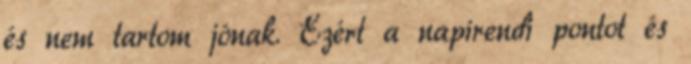
és nem tartom jónak. Ezért a napirendi pontot és